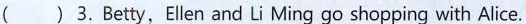
( ) 3.Betty,Ellen and Li Ming go shopping with Alice.